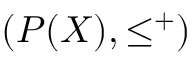
( P ( X ) , \leq ^ { + } )